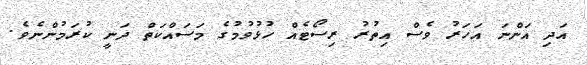
އަދި އަންނަ އަހަރު ވެސް އިތުރު ރިސޯޓެއް ހުޅުވުމުގެ މަސައްކަތް ދަނީ ކުރަމުންނެވެ.